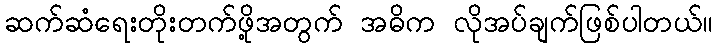
ဆက်ဆံရေးတိုးတက်ဖို့အတွက် အဓိက လိုအပ်ချက်ဖြစ်ပါတယ်။